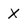
Character: X